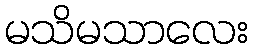
မသိမသာလေး